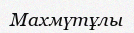
Махмүтұлы